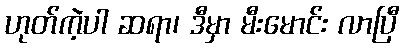
ဟုတ်ကဲ့ပါ ဆရာ၊ ဒီမှာ မီးမောင်း လာပြီ